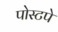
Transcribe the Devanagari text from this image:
पोस्टपे